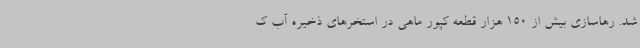
شد. رهاسازی بیش از 150 هزار قطعه کپور ماهی در استخرهای ذخیره آب ک